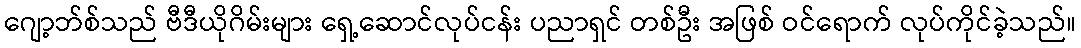
ဂျော့ဘ်စ်သည် ဗီဒီယိုဂိမ်းများ ရှေ့ဆောင်လုပ်ငန်း ပညာရှင် တစ်ဦး အဖြစ် ဝင်ရောက် လုပ်ကိုင်ခဲ့သည်။